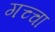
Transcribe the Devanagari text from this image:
गच्चा